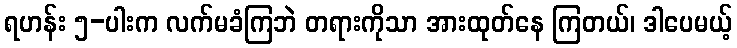
ရဟန်း ၅-ပါးက လက်မခံကြဘဲ တရားကိုသာ အားထုတ်နေ ကြတယ်၊ ဒါပေမယ့်